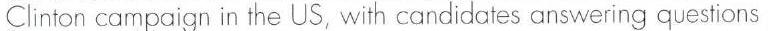
Clinton campaign in the US, with candidates answering quesions